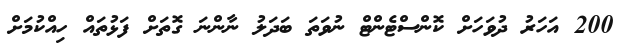
200 އަހަރު ދުވަހަށް ކޮންސްޓެންޓް ނުވަތަ ބަދަލު ނާންނަ ގޮތަށް ފަޅުތައް ހިއްކުމަށް